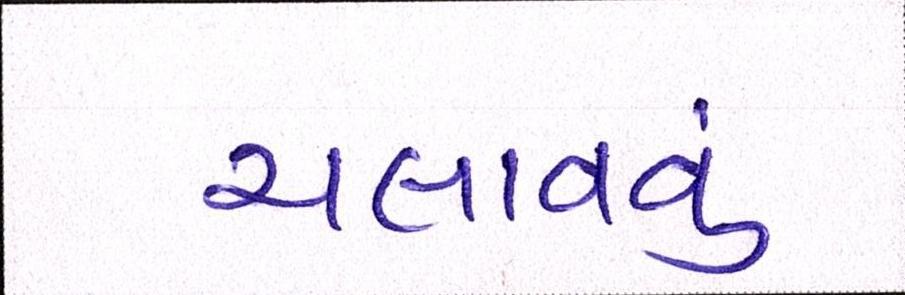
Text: ચલાવવું